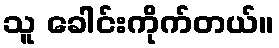
သူ ခေါင်းကိုက်တယ်။